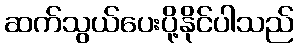
ဆက်သွယ်ပေးပို့နိုင်ပါသည်